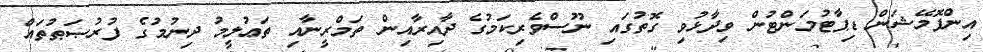
އިންފޮމޭޝަން ޑިޕާޓުމަންޓުން ވިދާޅުވި ގޮތުގައި ނޫސްވެރިކަމުގެ ދާއިރާއިން ތަމްރީނާއި ތަޢުލީމު ދިނުމުގެ ފުރުޞަޠުތައް